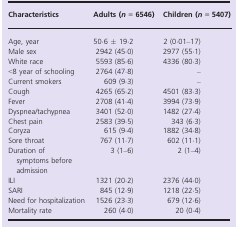
| Characteristics | Adults (n = 6546) | Children (n = 5407) |
 | --- | --- | --- |
 | Age, year | 50·6 ± 19·2 | 2 (0·01–17) |
 | Male sex | 2942 (45·0) | 2977 (55·1) |
 | White race | 5593 (85·6) | 4336 (80·3) |
 | <8 year of schooling | 2764 (47·8) | – |
 | Current smokers | 609 (9·3) | – |
 | Cough | 4265 (65·2) | 4501 (83·3) |
 | Fever | 2708 (41·4) | 3994 (73·9) |
 | Dyspnea/tachypnea | 3401 (52·0) | 1482 (27·4) |
 | Chest pain | 2583 (39·5) | 343 (6·3) |
 | Coryza | 615 (9·4) | 1882 (34·8) |
 | Sore throat | 767 (11·7) | 602 (11·1) |
 | Duration of symptoms before admission | 3 (1–6) | 2 (1–4) |
 | ILI | 1321 (20·2) | 2376 (44·0) |
 | SARI | 845 (12·9) | 1218 (22·5) |
 | Need for hospitalization | 1526 (23·3) | 679 (12·6) |
 | Mortality rate | 260 (4·0) | 20 (0·4) |